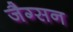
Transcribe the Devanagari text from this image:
जैग्सन